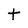
Character: t